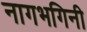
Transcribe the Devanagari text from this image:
नागभगिनी